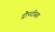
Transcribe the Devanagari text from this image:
द्रौपदीसह